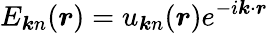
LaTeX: E_{\boldsymbol{k}n}(\boldsymbol{r})=u_{\boldsymbol{k}n}(\boldsymbol{r})e^{-i\boldsymbol{k}\cdot\boldsymbol{r}}